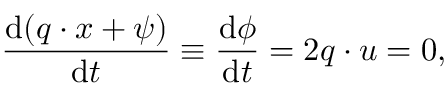
\frac { \mathrm { d } ( \boldsymbol { q } \cdot \boldsymbol { x } + \psi ) } { \mathrm { d } t } \equiv \frac { \mathrm { d } \phi } { \mathrm { d } t } = 2 \boldsymbol { q } \cdot \boldsymbol { u } = 0 ,